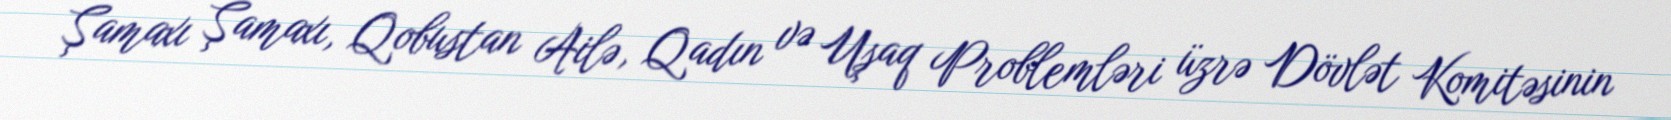
Şamaxı Şamaxı, Qobustan Ailə, Qadın və Uşaq Problemləri üzrə Dövlət Komitəsinin